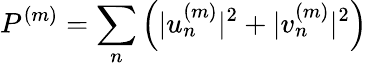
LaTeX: P^{(m)}=\sum_{n}\left(|u_{n}^{(m)}|^{2}+|v_{n}^{(m)}|^{2}\right)